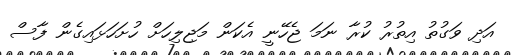
އަދި ވަގުތު އިތުރު ކުރާ ނަމަ ޖެހޭނީ އެކަން މަޖިލިހަށް ހުށަހަޅައިގެން ފާސް